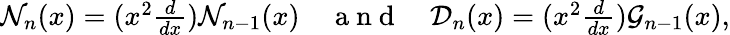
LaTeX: \begin{array}{r}{\mathcal{N}_{n}(x)=(x^{2}\frac{d}{dx})\mathcal{N}_{n-1}(x)\quad\mathrm{~a~n~d~}\quad\mathcal{D}_{n}(x)=(x^{2}\frac{d}{dx})\mathcal{G}_{n-1}(x),}\end{array}